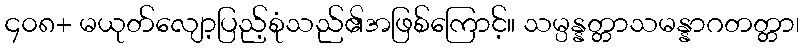
၄၀၈+ မယုတ်လျော့ပြည့်စုံသည်၏အဖြစ်ကြောင့်။ သမ္ပန္နတ္တာသမန္နာဂတတ္တာ၊